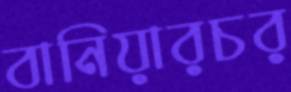
বানিয়ারচর